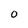
Character: 0